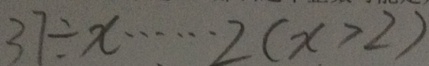
3 7 \div x \cdots 2 ( x > 2 )